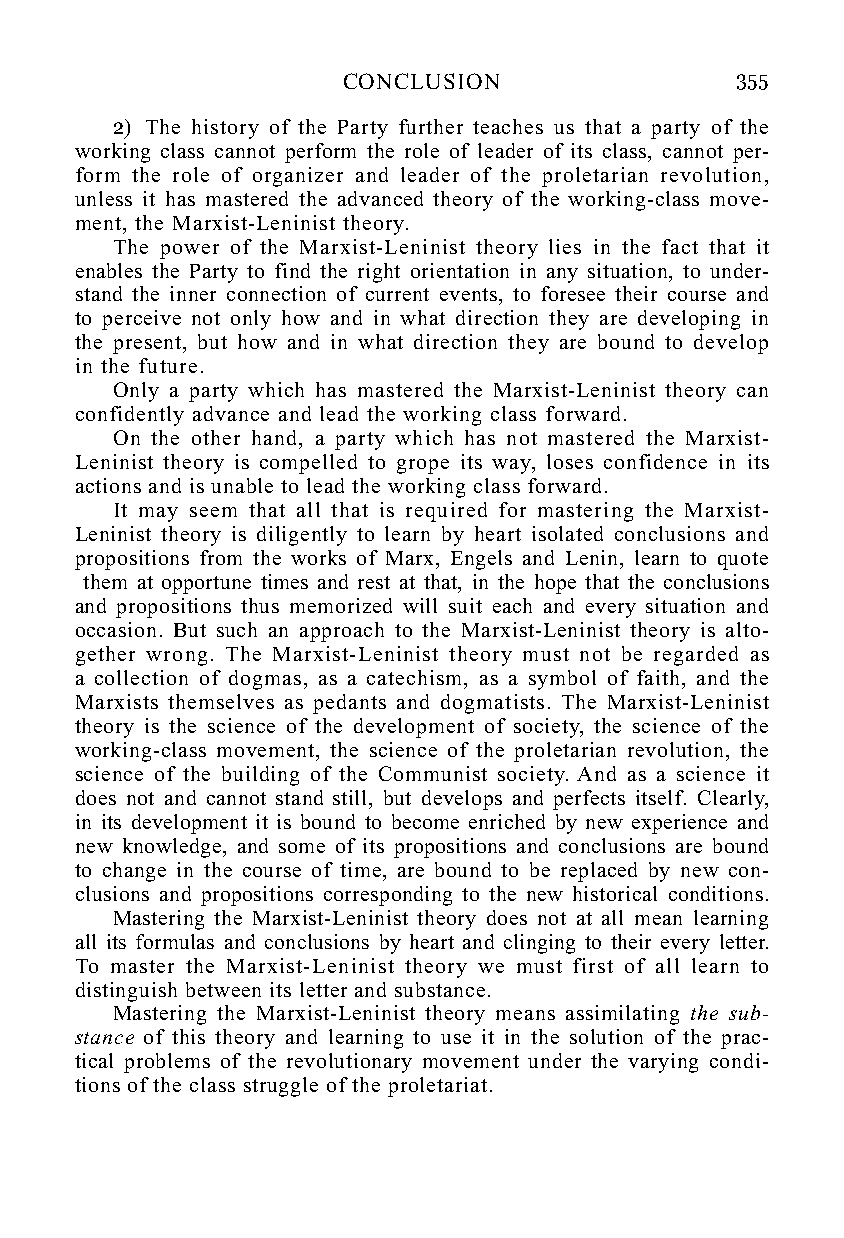
CONCLUSION                355
 2) The history of the Party further teaches us that a party of the
 working class cannot perform the role of leader of its class, cannot per-
 form the role of organizer and leader of the proletarian revolution,
 unless it has mastered the advanced theory of the working-class move-
 ment, the Marxist-Leninist theory.
 The power of the Marxist-Leninist theory lies in the fact that it
 enables the Party to find the right orientation in any situation, to under-
 stand the inner connection of current events, to foresee their course and
 to perceive not only how and in what direction they are developing in
 the present, but how and in what direction they are bound to develop
 in the future.
 Only a party which has mastered the Marxist-Leninist theory can
 confidently advance and lead the working class forward.
 On the other hand, a party which has not mastered the Marxist-
 Leninist theory is compelled to grope its way, loses confidence in its
 actions and is unable to lead the working class forward.
 It may seem that all that is required for mastering the Marxist-
 Leninist theory is diligently to learn by heart isolated conclusions and
 propositions from the works of Marx, Engels and Lenin, learn to quote
 them at opportune times and rest at that, in the hope that the conclusions
 and propositions thus memorized will suit each and every situation and
 occasion. But such an approach to the Marxist-Leninist theory is alto-
 gether wrong. The Marxist-Leninist theory must not be regarded as
 a collection of dogmas, as a catechism, as a symbol of faith, and the
 Marxists themselves as pedants and dogmatists. The Marxist-Leninist
 theory is the science of the development of society, the science of the
 working-class movement, the science of the proletarian revolution, the
 science of the building of the Communist society. And as a science it
 does not and cannot stand still, but develops and perfects itself. Clearly,
 in its development it is bound to become enriched by new experience and
 new knowledge, and some of its propositions and conclusions are bound
 to change in the course of time, are bound to be replaced by new con-
 clusions and propositions corresponding to the new historical conditions.
 Mastering the Marxist-Leninist theory does not at all mean learning
 all its formulas and conclusions by heart and clinging to their every letter.
 To master the Marxist-Leninist theory we must first of all learn to
 distinguish between its letter and substance.
 Mastering the Marxist-Leninist theory means assimilating the sub-
 stance of this theory and learning to use it in the solution of the prac-
 tical problems of the revolutionary movement under the varying condi-
 tions of the class struggle of the proletariat.